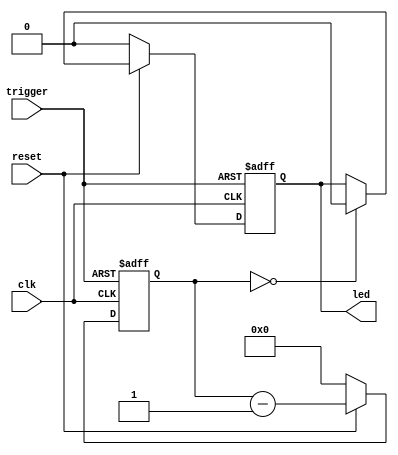
/*
 * iCEstick LPC TPM Sniffer (top.v)
 * 
 * LED trigger
 */

module trigger_led(
    input wire clk,
    input wire reset,
    input wire trigger,
    output reg led
);

    // registers
	reg [23:0] counter;                                 // counter

    // synchronous logic
	always @(posedge clk or posedge trigger)
    begin
		if (trigger)
        begin
			led <= 1'b1;
			counter <= 1_000_000;
		end else
        begin
			if (~reset)
            begin
				counter <= 24'd0;
				led <= 1'b0;
			end else
            begin
				if (counter == 24'd0)
                begin
					led <= 1'b0;
				end

				counter <= counter - 1'd1;
			end
		end
	end

endmodule